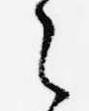
之